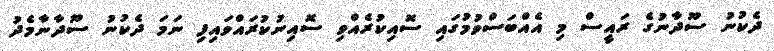
ދެކުނު ސޫދާނުގެ ރައީސް މި އެއްބަސްވުމުގައި ސޮއިކުރެއްވި ސޮއިނުކުރައްވައިފި ނަމަ ދެކުނު ސޫދާނާމެދު